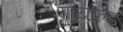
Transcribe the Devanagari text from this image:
गायफ्रेंड